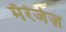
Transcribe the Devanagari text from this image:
मॅरेजेज़